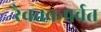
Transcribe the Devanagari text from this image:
रैवतकपर्वत